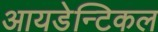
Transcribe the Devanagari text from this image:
आयडेन्टिकल